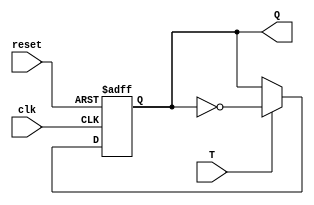
module TFlipFlop (
    input wire clk,
    input wire reset,
    input wire T,
    output reg Q
    );
    
    always @(posedge clk or posedge reset) begin
        if (reset) begin
            Q <= 1'b0;
        end else begin
            if (T) begin
                Q <= ~Q;
            end
        end
    end
    
endmodule